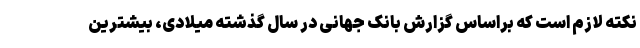
نکته لازم است که براساس گزارش بانک جهانی در سال گذشته میلادی، بیشترین